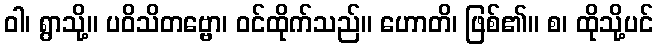
ဝါ၊ ရွာသို့။ ပဝိသိတဗ္ဗော၊ ဝင်ထိုက်သည်။ ဟောတိ၊ ဖြစ်၏။ စ၊ ထိုသို့ပင်